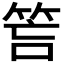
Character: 𥭚